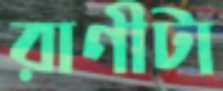
রাণীটা